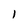
Character: l